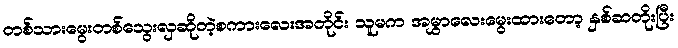
တစ်သားမွေးတစ်သွေးလှဆိုတဲ့စကားလေးအတိုင်း သူမက အမွှာလေးမွေးထားတော့ နှစ်ဆတိုးပြီး